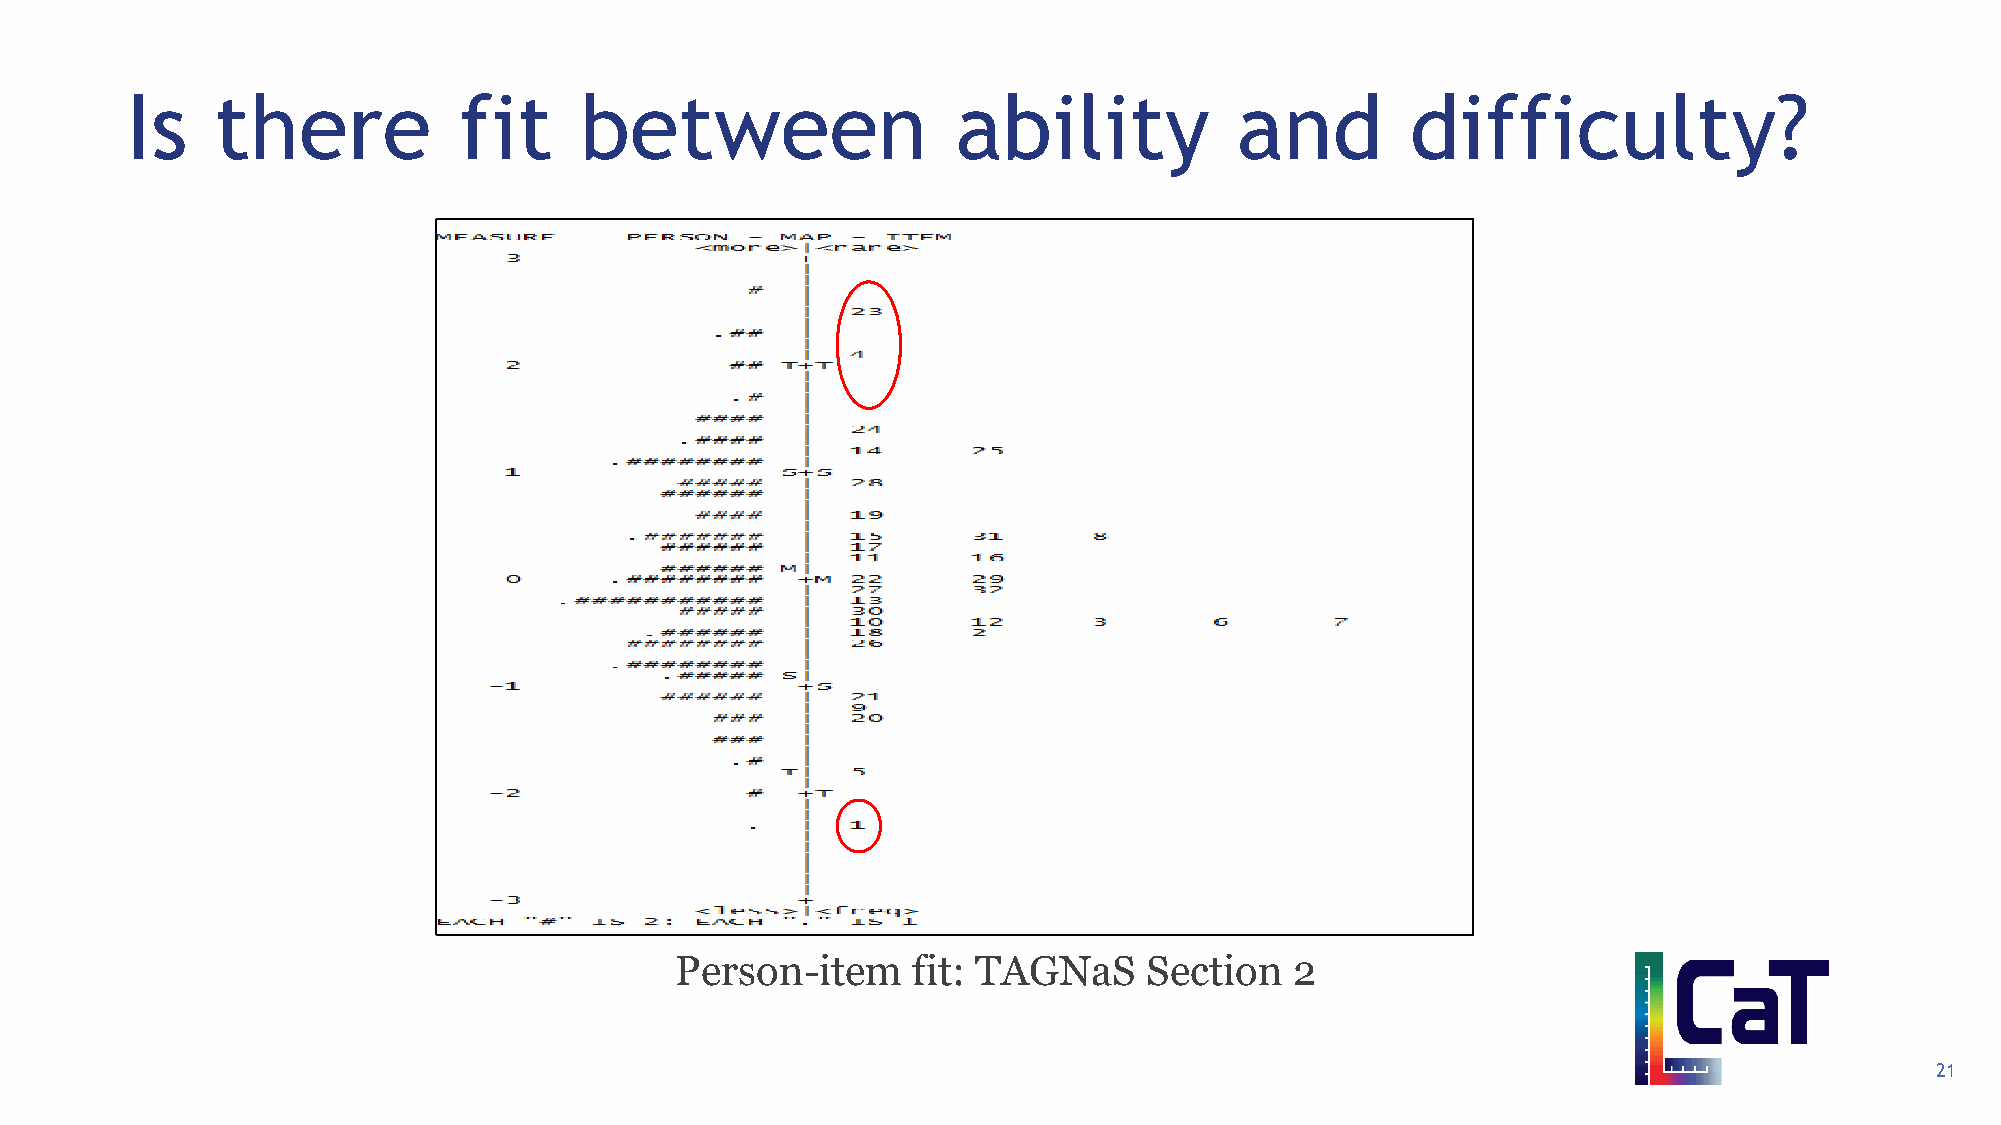
Is    there           fit     between                  ability            and        difficulty?
 Person-item    fit: TAGNaS     Section   2
 21